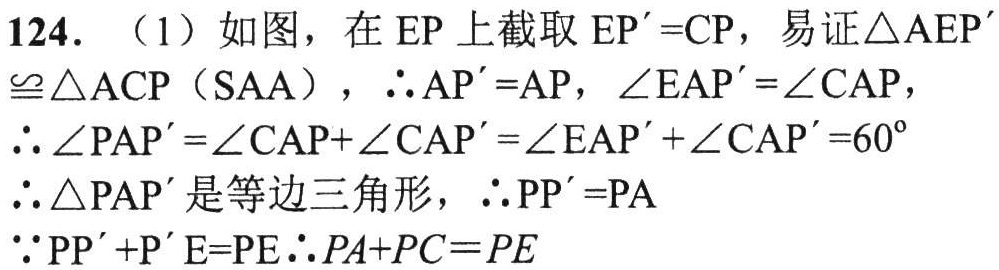
124. （1）如图，在\(EP\)上截取\(EP' = CP\)，易证\(\triangle AEP'\cong\triangle ACP\)（\(SAA\)），\(\therefore AP' = AP\)，\(\angle EAP'=\angle CAP\)，
\(\therefore \angle PAP'=\angle CAP+\angle CAP'=\angle EAP'+\angle CAP' = 60^{\circ}\)
\(\therefore \triangle PAP'\)是等边三角形，\(\therefore PP' = PA\)
\(\because PP'+P'E = PE\therefore PA + PC=PE\)